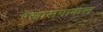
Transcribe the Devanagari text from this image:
रेखासमाकल